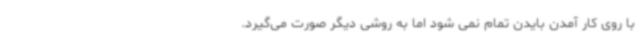
با روی کار آمدن بایدن تمام نمی شود اما به روشی دیگر صورت می‌گیرد.